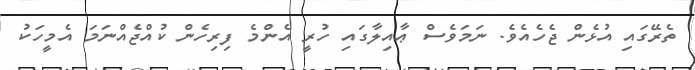
ތެރޭގައި އުޅެން ޖެހެއެވެ. ނަމަވެސް ޢާއިލާގައި ހުރީ އެންމެ ފިރިހެން ކުއްޖެއްނަމަ އެމީހަކު